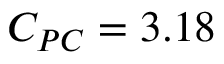
C _ { P C } = 3 . 1 8